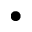
\bullet